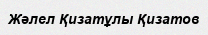
Жәлел Қизатұлы Қизатов